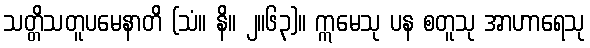
သတ္တိသတူပမေနာတိ (သံ။ နိ။ ၂။၆၃)။ ဣမေသု ပန စတူသု အာဟာရေသု